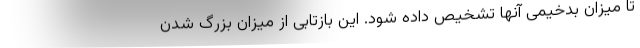
تا میزان بدخیمی آنها تشخیص داده شود. این بازتابی از میزان بزرگ شدن